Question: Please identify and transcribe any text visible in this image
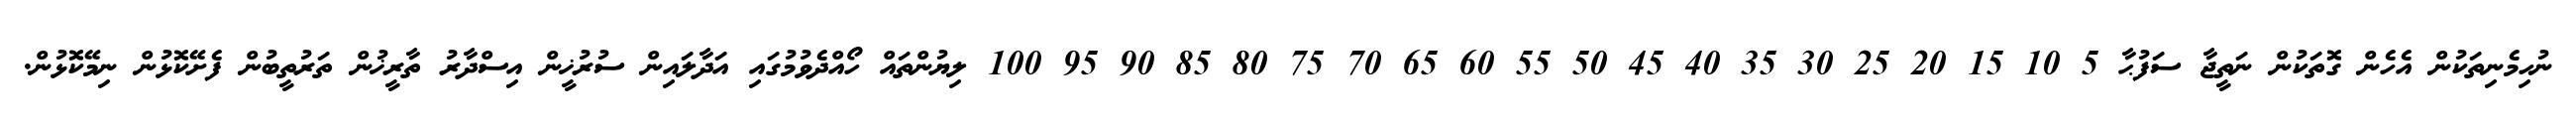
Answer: ނުހިމެނިތަކުން އެހެން ގޮތަކުން ނަތީޖާ ސަފުޙާ 5 10 15 20 25 30 35 40 45 50 55 60 65 70 75 80 85 90 95 100 ލިޔުންތައް ހޯއްދެވުމުގައި އަދާލައިން ސުރުޚީން އިސްދާރު ތާރީޚުން ތަރުތީބުން ފެށޭކޮޅުން ނިމޭކޮޅުން.